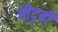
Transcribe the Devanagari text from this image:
बीटुबी